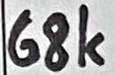
Text: 68K